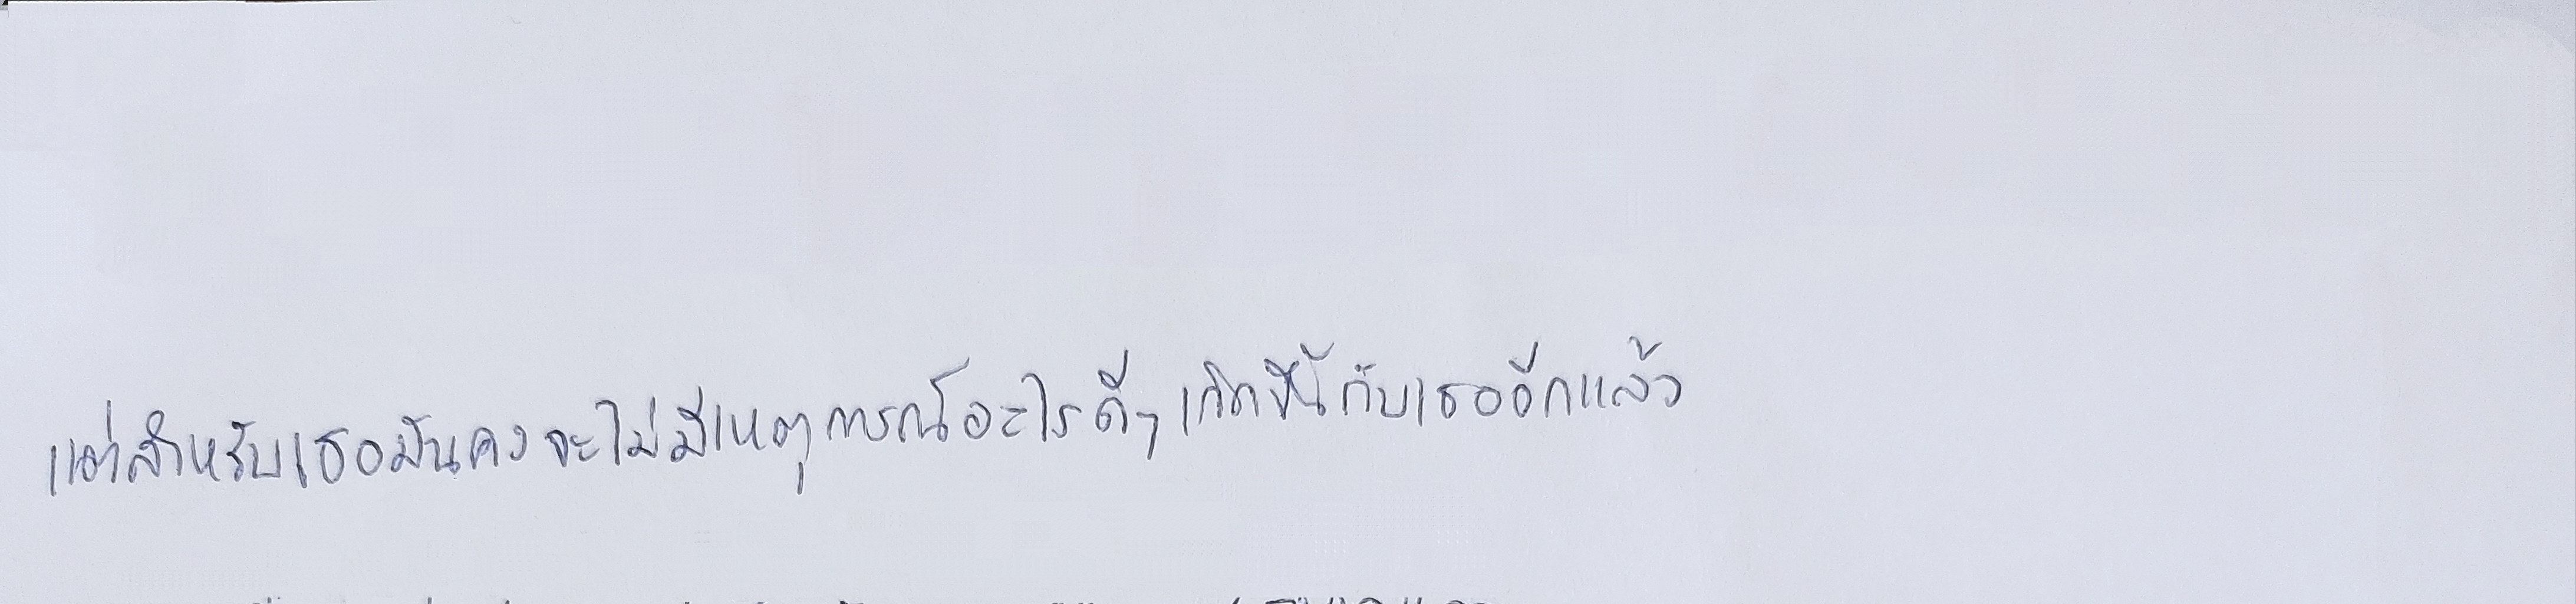
แต่สำหรับเธอมันคงจะไม่มีเหตุการณ์อะไรดีๆเกิดขึ้นกับเธออีกแล้ว